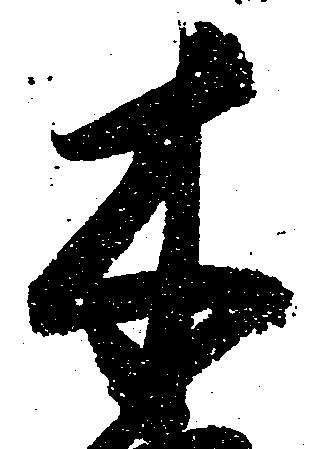
木